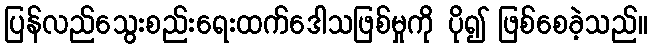
ပြန်လည်သွေးစည်းရေးထက်ဒေါသဖြစ်မှုကို ပို၍ ဖြစ်စေခဲ့သည်။